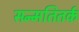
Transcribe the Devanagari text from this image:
सन्मतितर्क